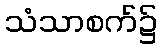
သံသာစက်၌